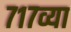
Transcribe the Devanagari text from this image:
७१७व्या